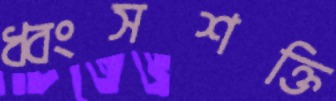
ধ্বংসশক্তি